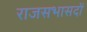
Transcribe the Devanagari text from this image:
राजसभासदों